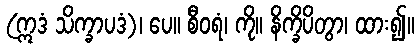
(ဣဒံ သိက္ခာပဒံ)၊ ပေ။ စီဝရံ၊ ကို။ နိက္ခိပိတွာ၊ ထား၍။